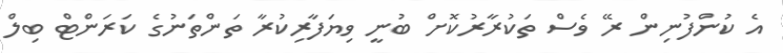
އެ ކުންފުނިން ރޭ ވެސް ތަކުރާރުކޮށް ބުނީ ވިޔަފާރިކުރާ ތަންތަނުގެ ކަރަންޓް ބިލް